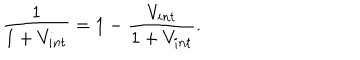
\frac { 1 } { 1 + V _ { i n t } } = 1 - \frac { V _ { i n t } } { 1 + V _ { i n t } } .